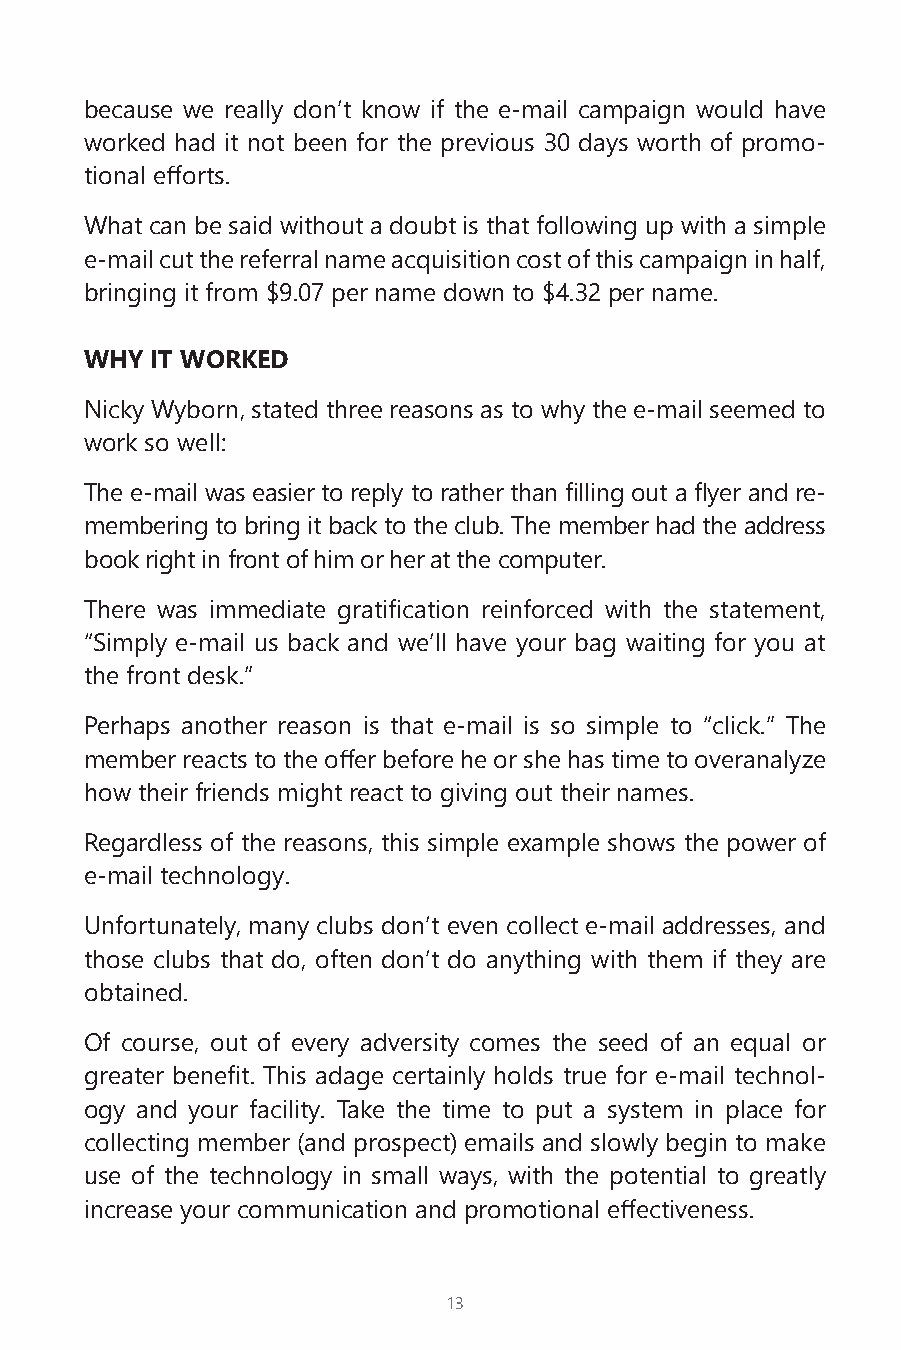
because we really don’t know if the e-mail campaign would have
 worked had it not been for the previous 30 days worth of promo-
 tional efforts.
 What can be said without a doubt is that following up with a simple
 e-mail cut the referral name acquisition cost of this campaign in half,
 bringing it from $9.07 per name down to $4.32 per name.
 WHY IT WORKED
 Nicky Wyborn, stated three reasons as to why the e-mail seemed to
 work so well:
 The e-mail was easier to reply to rather than filling out a flyer and re-
 membering to bring it back to the club. The member had the address
 book right in front of him or her at the computer.
 There was immediate gratification reinforced with the statement,
 “Simply e-mail us back and we’ll have your bag waiting for you at
 the front desk.”
 Perhaps another reason is that e-mail is so simple to “click.” The
 member reacts to the offer before he or she has time to overanalyze
 how their friends might react to giving out their names.
 Regardless of the reasons, this simple example shows the power of
 e-mail technology.
 Unfortunately, many clubs don’t even collect e-mail addresses, and
 those clubs that do, often don’t do anything with them if they are
 obtained.
 Of course, out of every adversity comes the seed of an equal or
 greater benefit. This adage certainly holds true for e-mail technol-
 ogy and your facility. Take the time to put a system in place for
 collecting member (and prospect) emails and slowly begin to make
 use of the technology in small ways, with the potential to greatly
 increase your communication and promotional effectiveness.
 13